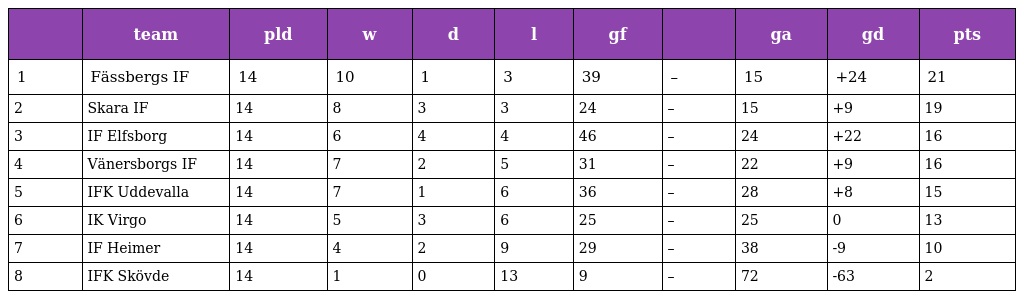
|  | team | pld | w | d | l | gf |  | ga | gd | pts |
 | --- | --- | --- | --- | --- | --- | --- | --- | --- | --- | --- |
 | 1 | Fässbergs IF | 14 | 10 | 1 | 3 | 39 | – | 15 | +24 | 21 |
 | 2 | Skara IF | 14 | 8 | 3 | 3 | 24 | – | 15 | +9 | 19 |
 | 3 | IF Elfsborg | 14 | 6 | 4 | 4 | 46 | – | 24 | +22 | 16 |
 | 4 | Vänersborgs IF | 14 | 7 | 2 | 5 | 31 | – | 22 | +9 | 16 |
 | 5 | IFK Uddevalla | 14 | 7 | 1 | 6 | 36 | – | 28 | +8 | 15 |
 | 6 | IK Virgo | 14 | 5 | 3 | 6 | 25 | – | 25 | 0 | 13 |
 | 7 | IF Heimer | 14 | 4 | 2 | 9 | 29 | – | 38 | -9 | 10 |
 | 8 | IFK Skövde | 14 | 1 | 0 | 13 | 9 | – | 72 | -63 | 2 |